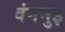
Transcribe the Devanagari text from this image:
वंगनुइ